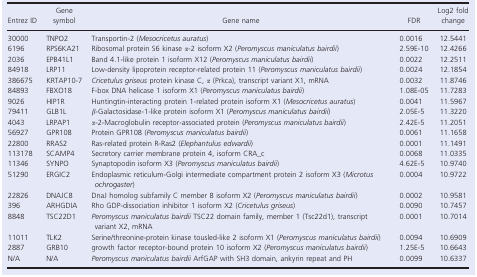
<table><thead><tr><td><b>Entrez ID</b></td><td><b>Gene symbol</b></td><td><b>Gene name</b></td><td><b>FDR</b></td><td><b>Log2 fold change</b></td></tr></thead><tbody><tr><td>30000</td><td>TNPO2</td><td>Transportin‐2 (<i>Mesocricetus auratus</i>)</td><td>0.0016</td><td>12.5441</td></tr><tr><td>6196</td><td>RPS6KA21</td><td>Ribosomal protein S6 kinase <i>α</i>‐2 isoform X2 (<i>Peromyscus maniculatus bairdii</i>)</td><td>2.59E‐10</td><td>12.4266</td></tr><tr><td>2036</td><td>EPB41L1</td><td>Band 4.1‐like protein 1 isoform X12 (<i>Peromyscus maniculatus bairdii</i>)</td><td>0.0022</td><td>12.2511</td></tr><tr><td>84918</td><td>LRP11</td><td>Low‐density lipoprotein receptor‐related protein 11 (<i>Peromyscus maniculatus bairdii</i>)</td><td>0.0024</td><td>12.1854</td></tr><tr><td>386675</td><td>KRTAP10‐7</td><td><i>Cricetulus griseus</i> protein kinase C, <i>α</i> (Prkca), transcript variant X1, mRNA</td><td>0.0032</td><td>11.8746</td></tr><tr><td>84893</td><td>FBXO18</td><td>F‐box DNA helicase 1 isoform X1 (<i>Peromyscus maniculatus bairdii</i>)</td><td>1.08E‐05</td><td>11.7283</td></tr><tr><td>9026</td><td>HIP1R</td><td>Huntingtin‐interacting protein 1‐related protein isoform X1 (<i>Mesocricetus auratus</i>)</td><td>0.0041</td><td>11.5967</td></tr><tr><td>79411</td><td>GLB1L</td><td><i>β</i>‐Galactosidase‐1‐like protein isoform X1 (<i>Peromyscus maniculatus bairdii</i>)</td><td>2.05E‐5</td><td>11.3220</td></tr><tr><td>4043</td><td>LRPAP1</td><td><i>α</i>‐2‐Macroglobulin receptor‐associated protein (<i>Peromyscus maniculatus bairdii</i>)</td><td>2.42E‐5</td><td>11.2051</td></tr><tr><td>56927</td><td>GPR108</td><td>Protein GPR108 (<i>Peromyscus maniculatus bairdii</i>)</td><td>0.0061</td><td>11.1658</td></tr><tr><td>22800</td><td>RRAS2</td><td>Ras‐related protein R‐Ras2 (<i>Elephantulus edwardii</i>)</td><td>0.0001</td><td>11.1491</td></tr><tr><td>113178</td><td>SCAMP4</td><td>Secretory carrier membrane protein 4, isoform CRA_c </td><td>0.0068</td><td>11.0335</td></tr><tr><td>11346</td><td>SYNPO</td><td>Synaptopodin isoform X3 (<i>Peromyscus maniculatus bairdii</i>)</td><td>4.62E‐5</td><td>10.9740</td></tr><tr><td>51290</td><td>ERGIC2</td><td>Endoplasmic reticulum‐Golgi intermediate compartment protein 2 isoform X3 (<i>Microtus ochrogaster</i>)</td><td>0.0004</td><td>10.9722</td></tr><tr><td>22826</td><td>DNAJC8</td><td>DnaJ homolog subfamily C member 8 isoform X2 (<i>Peromyscus maniculatus bairdii</i>)</td><td>0.0002</td><td>10.9581</td></tr><tr><td>396</td><td>ARHGDIA</td><td>Rho GDP‐dissociation inhibitor 1 isoform X2 (<i>Cricetulus griseus</i>)</td><td>0.0090</td><td>10.7457</td></tr><tr><td>8848</td><td>TSC22D1</td><td><i>Peromyscus maniculatus bairdii</i> TSC22 domain family, member 1 (Tsc22d1), transcript variant X2, mRNA</td><td>0.0001</td><td>10.7014</td></tr><tr><td>11011</td><td>TLK2</td><td>Serine/threonine‐protein kinase tousled‐like 2 isoform X1 (<i>Peromyscus maniculatus bairdii</i>)</td><td>0.0094</td><td>10.6909</td></tr><tr><td>2887</td><td>GRB10</td><td>growth factor receptor‐bound protein 10 isoform X2 (<i>Peromyscus maniculatus bairdii</i>)</td><td>1.25E‐5</td><td>10.6643</td></tr><tr><td>N/A</td><td>N/A</td><td><i>Peromyscus maniculatus bairdii</i> ArfGAP with SH3 domain, ankyrin repeat and PH</td><td>0.0099</td><td>10.6337</td></tr></tbody></table>